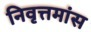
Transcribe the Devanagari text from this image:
निवृत्तमांस